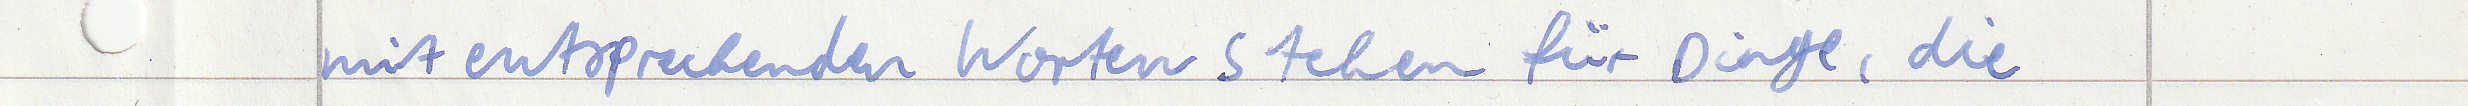
mit entsprechenden Worten stehen für Dinge, die